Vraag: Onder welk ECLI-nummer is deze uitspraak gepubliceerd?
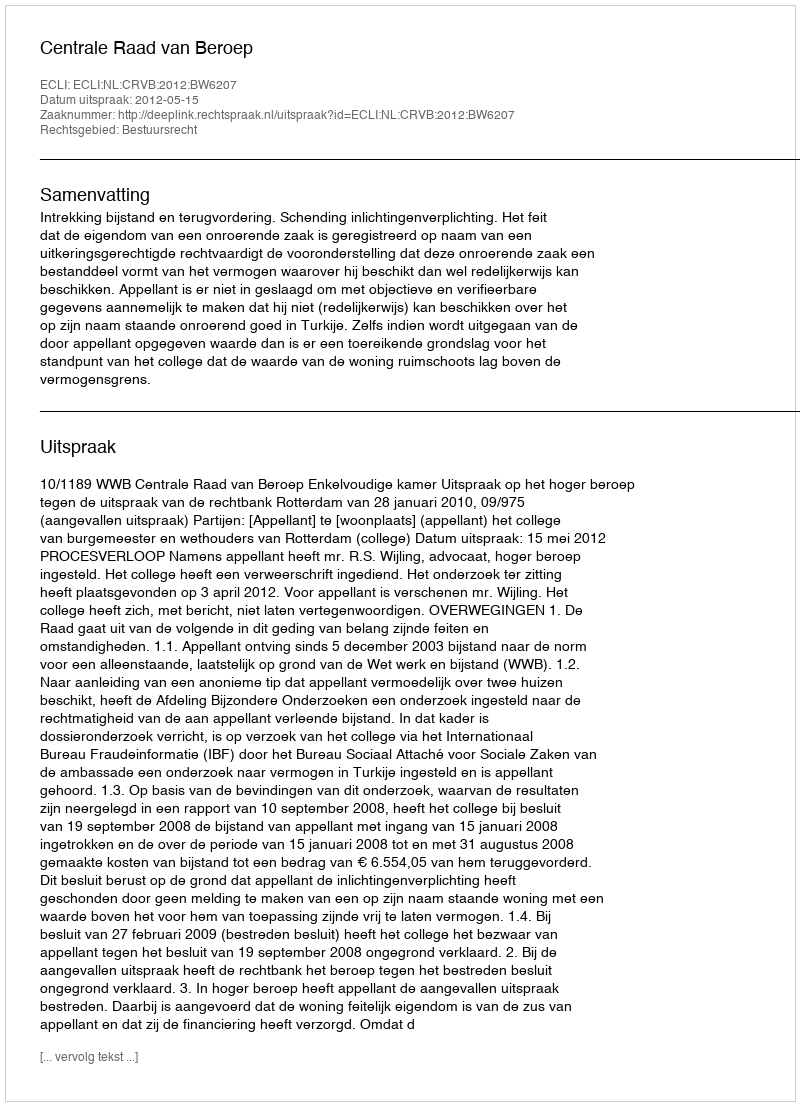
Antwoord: ECLI:NL:CRVB:2012:BW6207